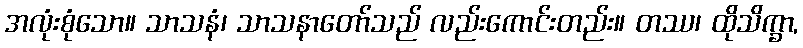
အလုံးစုံသော။ သာသနံ၊ သာသနာတော်သည် လည်းကောင်းတည်း။ တဿ၊ ထိုသိက္ခာ,